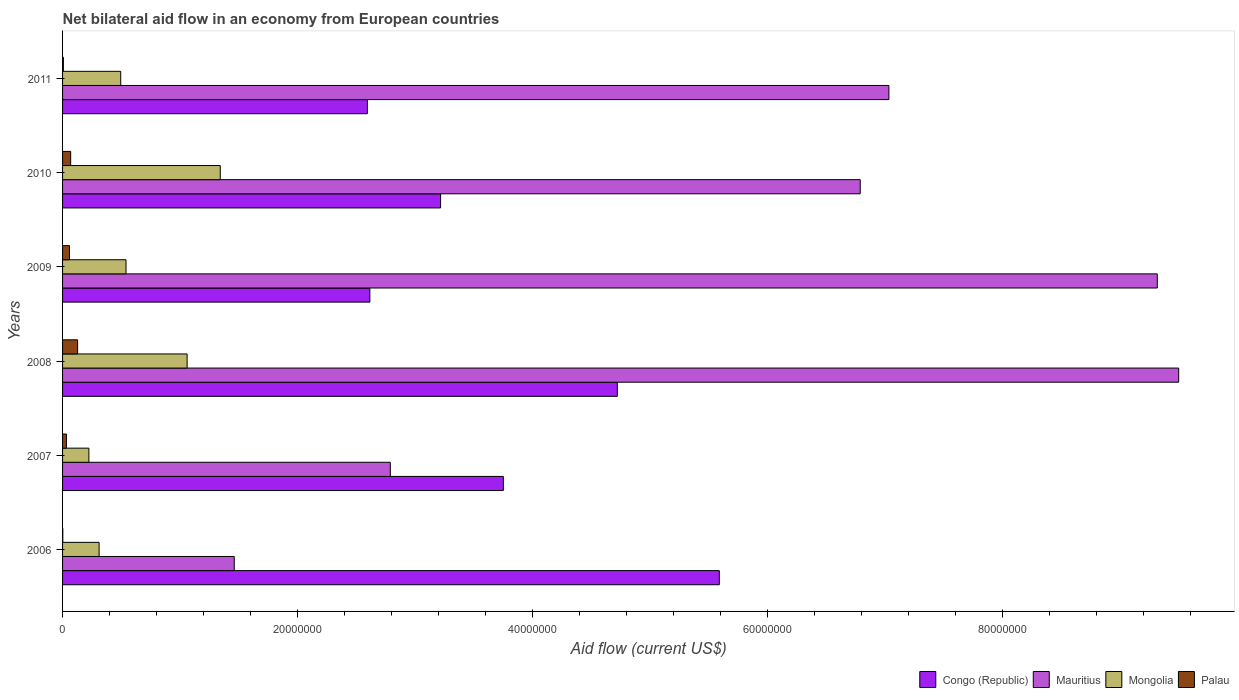
| Years | Congo (Republic) | Mauritius | Mongolia | Palau |
 | --- | --- | --- | --- | --- |
 | 2006 | 5.59e+07 | 1.46e+07 | 3.11e+06 | 2e+04 |
 | 2007 | 3.75e+07 | 2.79e+07 | 2.24e+06 | 3.3e+05 |
 | 2008 | 4.72e+07 | 9.5e+07 | 1.06e+07 | 1.28e+06 |
 | 2009 | 2.62e+07 | 9.32e+07 | 5.4e+06 | 5.9e+05 |
 | 2010 | 3.22e+07 | 6.79e+07 | 1.34e+07 | 6.9e+05 |
 | 2011 | 2.59e+07 | 7.03e+07 | 4.95e+06 | 7e+04 |